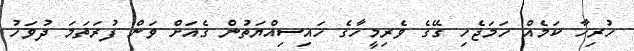
ހުރިހާ ކަމެއް ހަމަޖެހި ގޭގެ ވެރިމީހާގެ ހައިސިއްޔަތުން ގެއަށް ވަން ފުރަތަމަ ދުވަހު